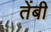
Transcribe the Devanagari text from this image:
तेंबी